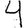
Digit: 4